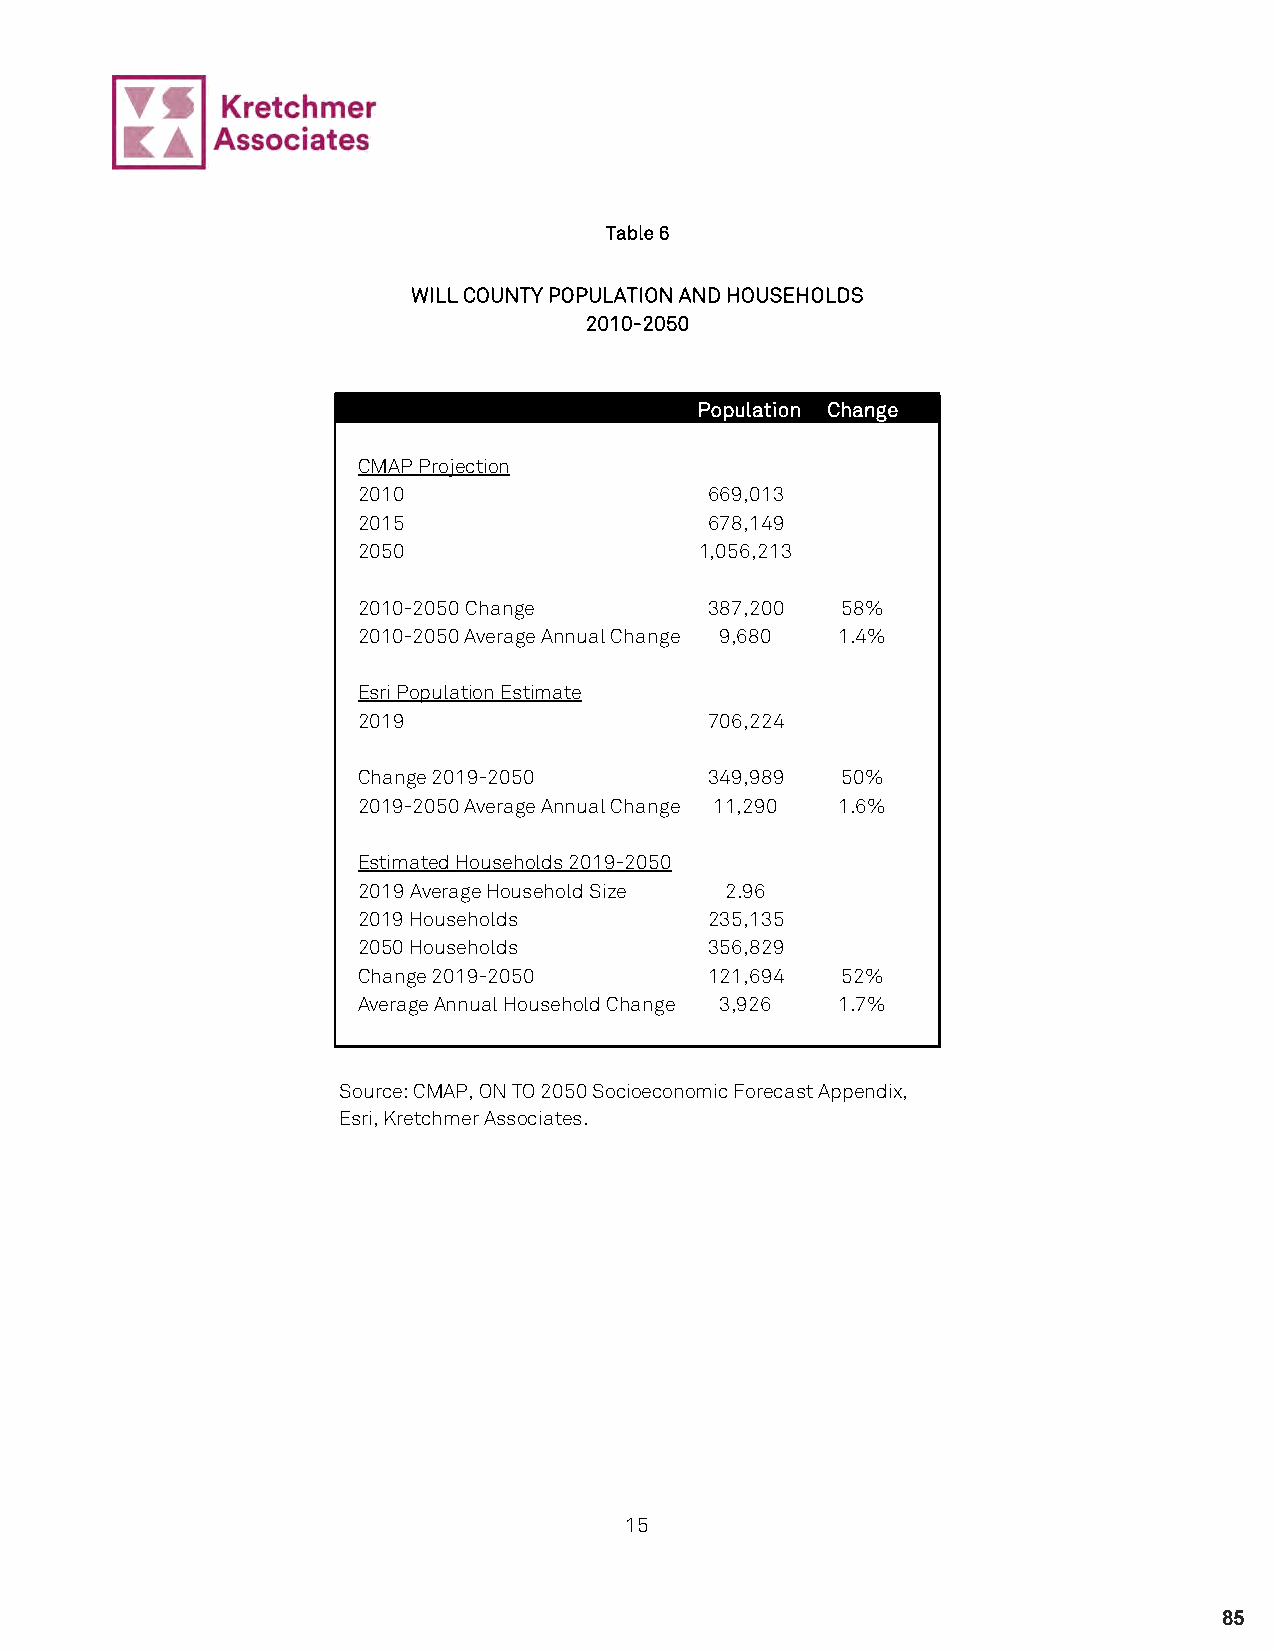
Table 6
 WILL COUNTY POPULATION AND HOUSEHOLDS
 2010-2050
 Population Change
 CMAP Projection
 2010                   669,013
 2015                   678,149
 2050                  1,056,213
 2010-2050 Change       387,200  58%
 2010-2050 Average Annual Change 9,680 1.4%
 Esri Population Estimate
 2019                   706,224
 Change 2019-2050       349,989  50%
 2019-2050 Average Annual Change 11,290 1.6%
 Estimated Households 2019-2050
 2019 Average Household Size 2.96
 2019 Households        235,135
 2050 Households        356,829
 Change 2019-2050       121,694  52%
 Average Annual Household Change 3,926 1.7%
 Source: CMAP, ON TO 2050 Socioeconomic Forecast Appendix,
 Esri, Kretchmer Associates.
 15
 85